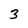
Character: 3